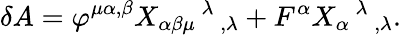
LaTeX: \delta A=\varphi^{\mu\alpha,\beta}X_{\alpha\beta\mu}{}^{\, \lambda}{}_{\, ,\lambda}+F^{\alpha}X_{\alpha}{}^{\, \lambda}{}_{\, ,\lambda}.